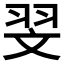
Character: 𦐐